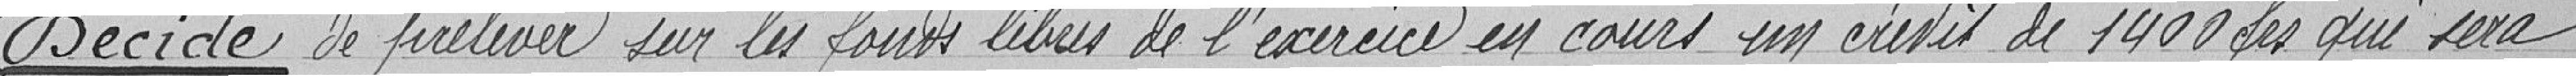
Décide de prélever sur les fonds libres de l'exercice en cours un crédit de 1 400 Francs qui sera